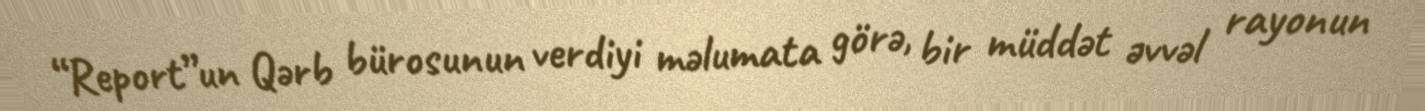
“Report”un Qərb bürosunun verdiyi məlumata görə, bir müddət əvvəl rayonun